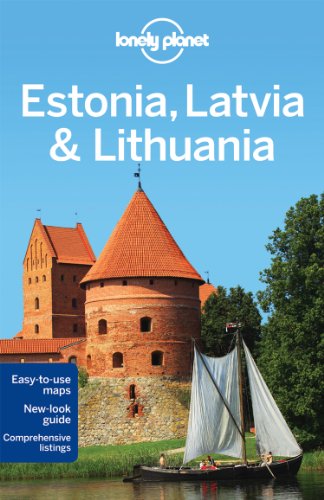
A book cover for Lonely Planet Estonia, Latvia & Lithuania (Travel Guide); Lonely Planet; Travel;